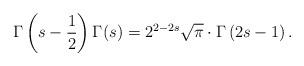
LaTeX: \begin{align*}\Gamma\left(s-\frac{1}{2}\right)\Gamma(s)=2^{2-2s}\sqrt{\pi}\cdot\Gamma\left(2s-1\right).\end{align*}